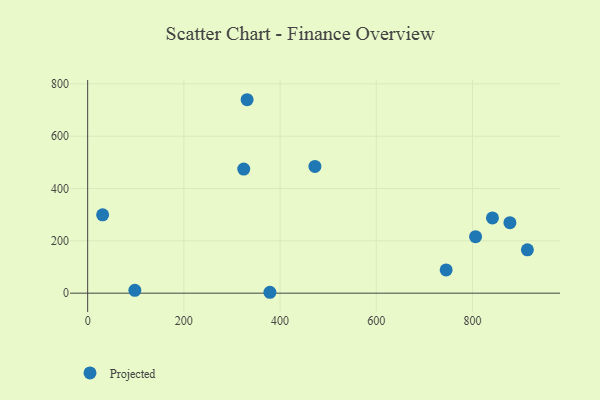
{"axis": {"x": "Study Hours", "y": "Profit"}, "legend": ["Projected"], "data": [{"x": "745.3", "y": 88.9, "type": "Projected"}, {"x": "378.9", "y": 3.4, "type": "Projected"}, {"x": "914.2", "y": 165.6, "type": "Projected"}, {"x": "331.5", "y": 739.4, "type": "Projected"}, {"x": "324.5", "y": 474.3, "type": "Projected"}, {"x": "806.5", "y": 216.0, "type": "Projected"}, {"x": "31.1", "y": 299.3, "type": "Projected"}, {"x": "472.5", "y": 484.3, "type": "Projected"}, {"x": "841.6", "y": 287.6, "type": "Projected"}, {"x": "98.1", "y": 11.0, "type": "Projected"}, {"x": "877.9", "y": 269.3, "type": "Projected"}]}